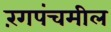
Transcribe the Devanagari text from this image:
रंगपंचमील